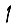
Digit: 1